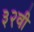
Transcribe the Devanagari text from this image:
३२वी